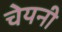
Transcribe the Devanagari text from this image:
चेयनी